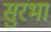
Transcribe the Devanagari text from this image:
सुरभा